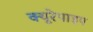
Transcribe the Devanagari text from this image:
क्यूरेपाइप